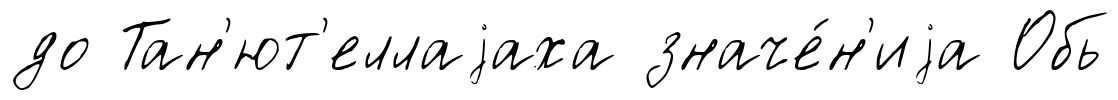
до Тан'ют'еллаjаха значе́н'иjа Обь